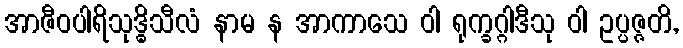
အာဇီဝပါရိသုဒ္ဓိသီလံ နာမ န အာကာသေ ဝါ ရုက္ခဂ္ဂါဒီသု ဝါ ဥပ္ပဇ္ဇတိ,